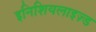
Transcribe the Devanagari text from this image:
इनिशियलाइज़्ड